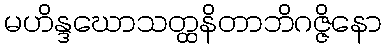
မဟိန္ဒဃောသတ္ထနိတာဘိဂဇ္ဇိနော